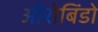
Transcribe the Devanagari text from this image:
औरोबिंडो